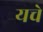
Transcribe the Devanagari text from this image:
यचे